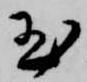
玉